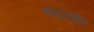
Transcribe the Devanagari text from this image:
चन्द्रावति